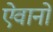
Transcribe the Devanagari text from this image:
ऐवानों